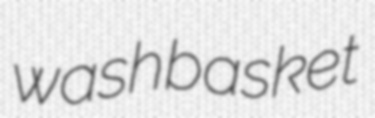
washbasket